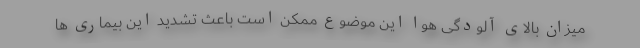
میزان بالای آلودگی هوا این موضوع ممکن است باعث تشدید این بیماری ها